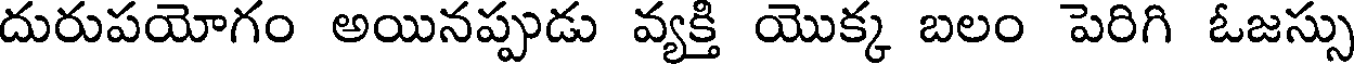
దురుపయోగం అయినప్పుడు వ్యక్తి యొక్క బలం పెరిగి ఓజస్సు